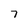
Character: 7